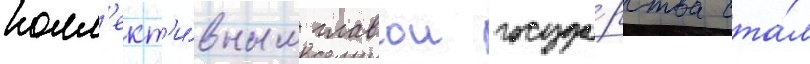
колл'ект'и́вным главои госуда́рства ста́л